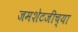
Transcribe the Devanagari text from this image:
जमशेटजींच्या